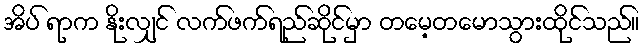
အိပ် ရာက နိုးလျှင် လက်ဖက်ရည်ဆိုင်မှာ တမေ့တမောသွားထိုင်သည်။